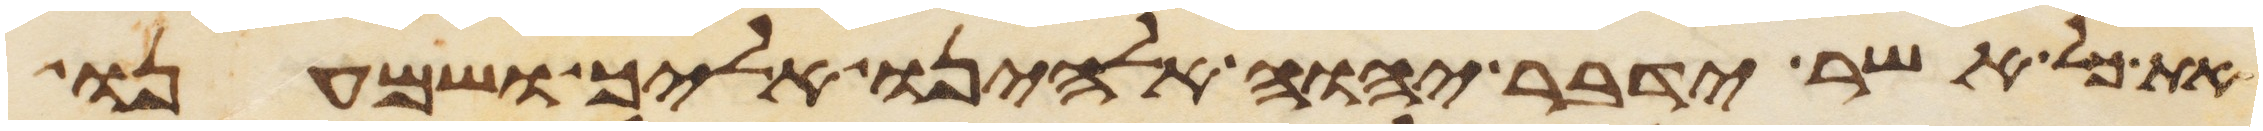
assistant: את כל אשר ידבר יהוה אלהינו אליך ושמענו